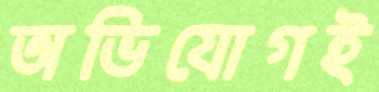
অভিযোগই